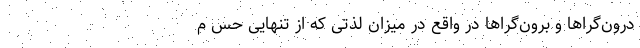
درون‌گرا‌ها و برون‌گرا‌ها در واقع در میزان لذتی که از تنهایی حس م